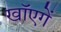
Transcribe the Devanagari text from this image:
खाॅएगें